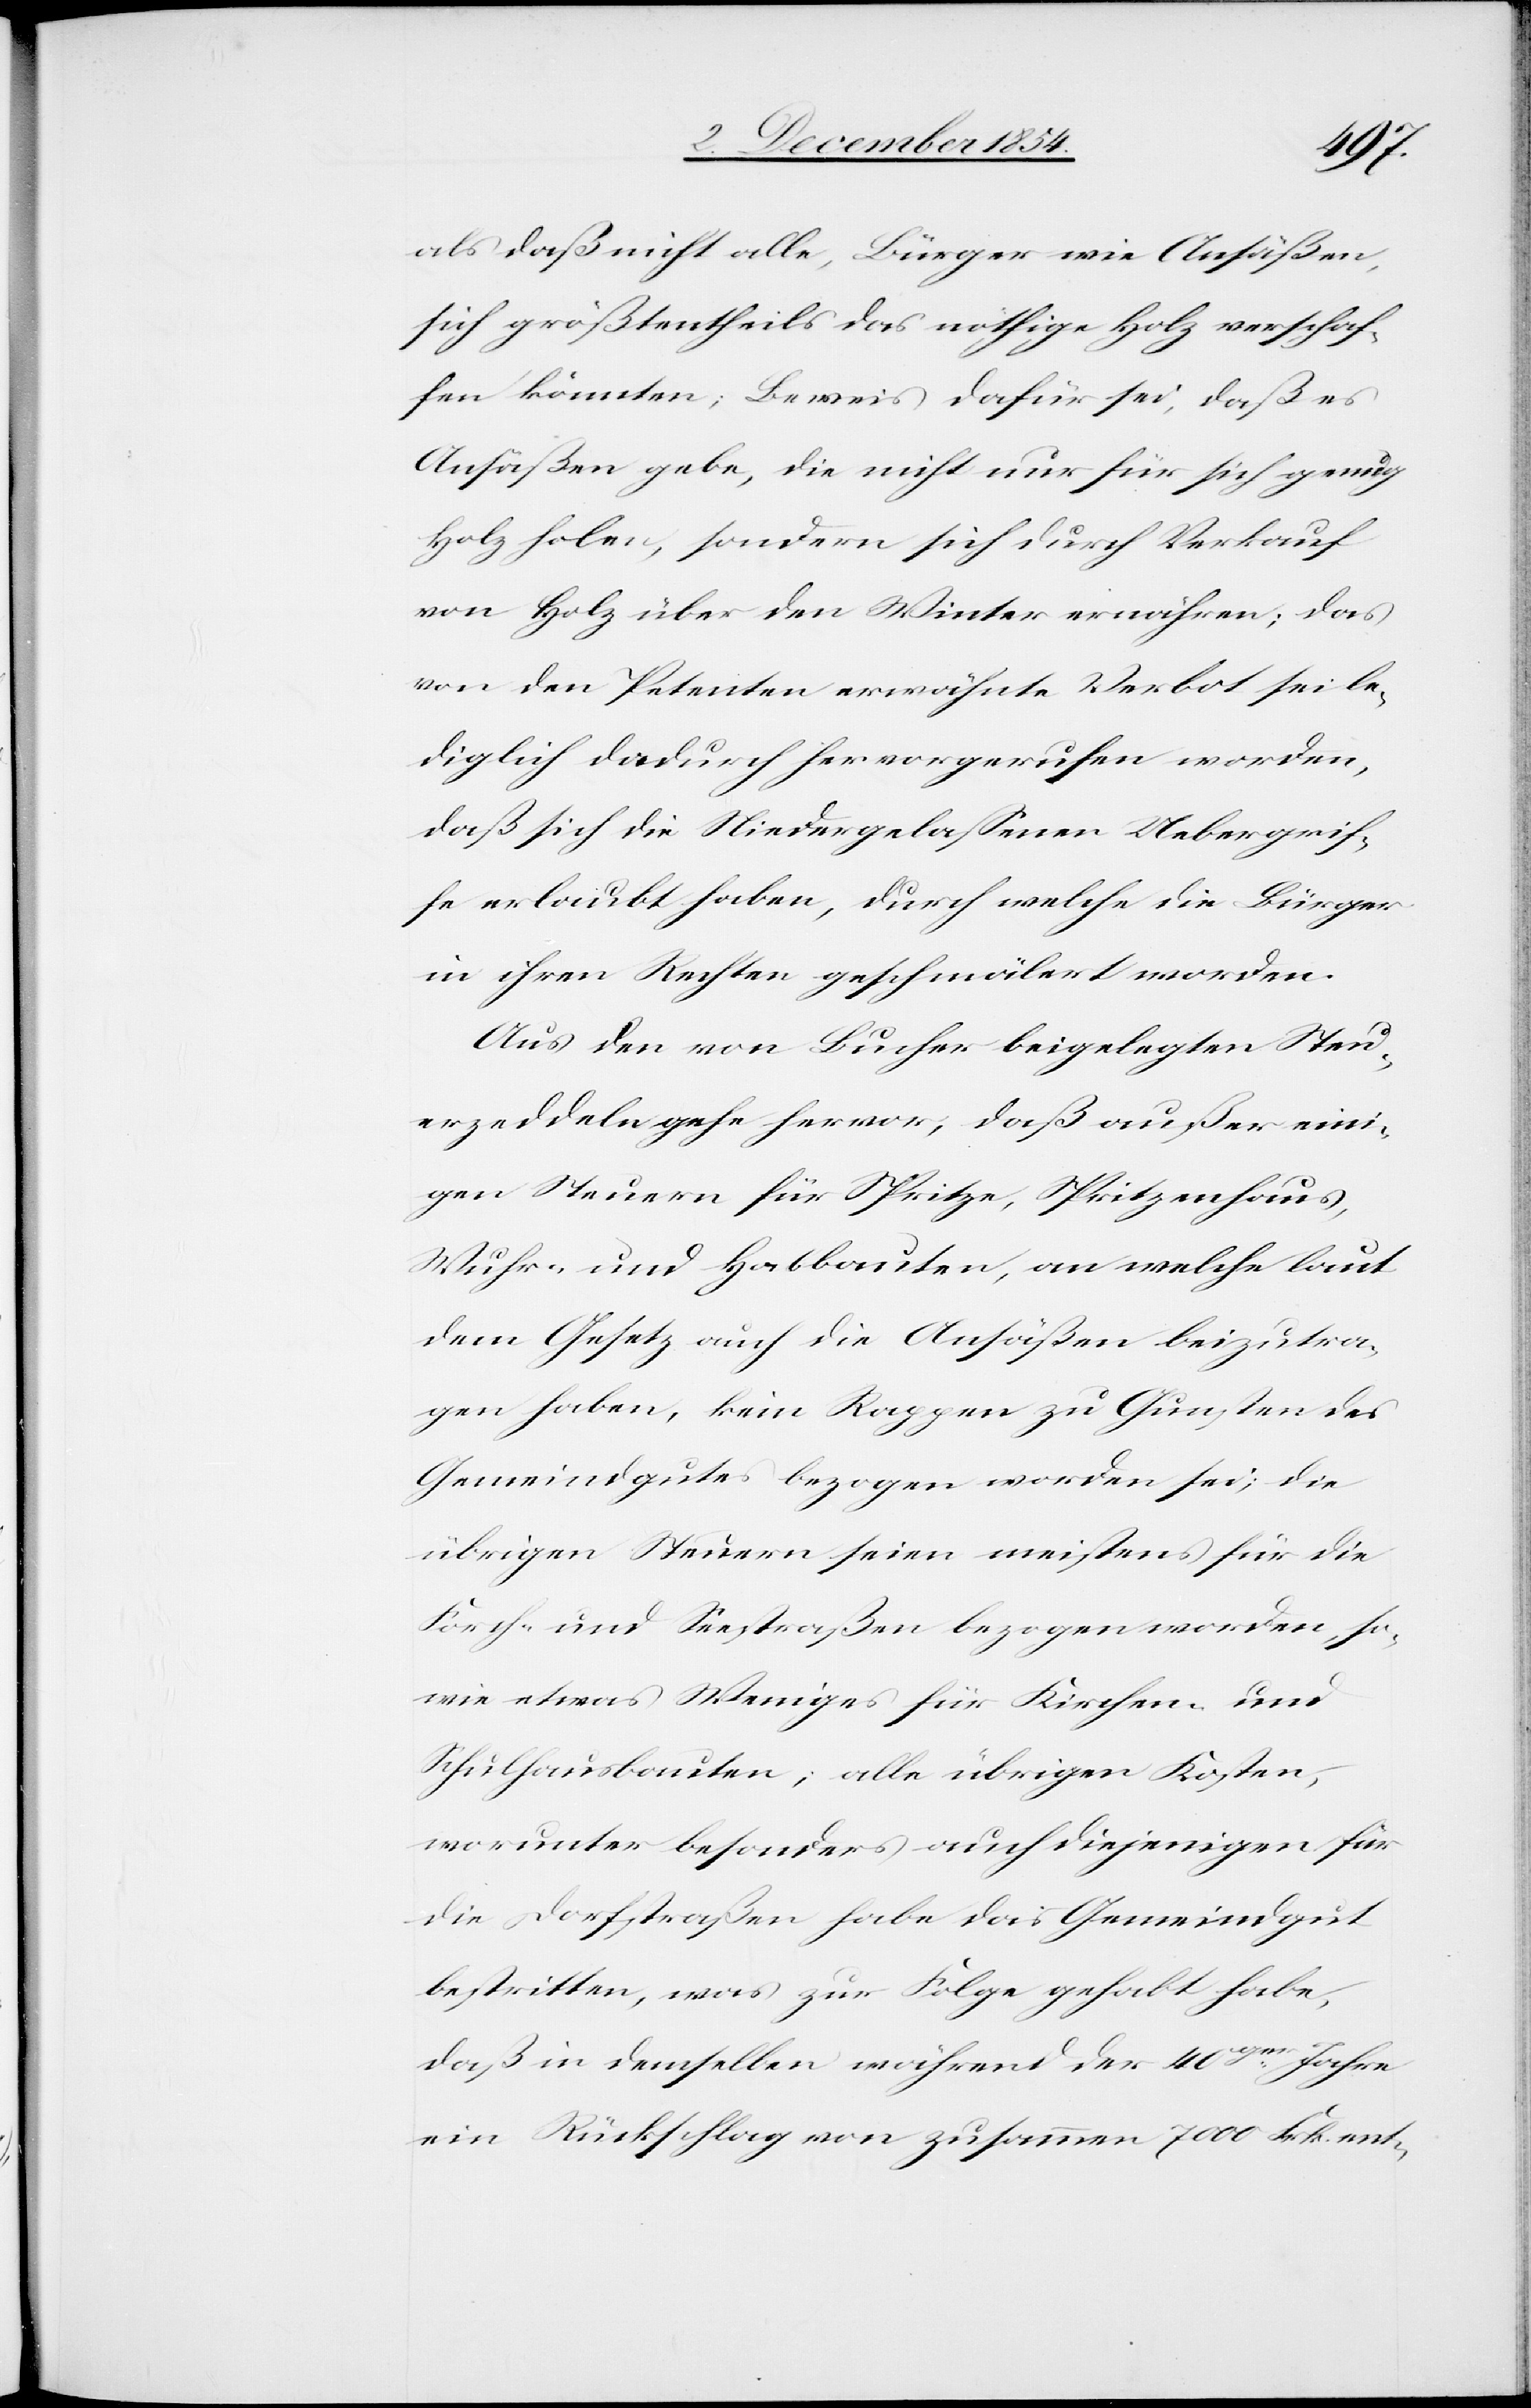
als daß nicht alle, Bürger wie Ansäßen,
sich größtentheils das nöthige Holz verschaf¬
fen könnten; Beweis dafür sei, daß es
Ansäßen gebe, die nicht nur für sich genug
Holz holen, sondern sich durch Verkauf
von Holz über den Winter ernähren; das
von den Petenten erwähnte Verbot sei le¬
diglich dadurch hervorgerufen worden,
daß sich die Niedergelaßenen Uebergrif¬
fe erlaubt haben, durch welche die Bürger
in ihren Rechten geschmälert worden.
Aus den von Bucher beigelegten Steu¬
erzeddeln gehe hervor, daß außer eini¬
gen Steuern für Spritze, Spritzenhaus,
Wuhr- und Habbauten, an welche laut
dem Gesetz auch die Ansäßen beizutra¬
gen haben, kein Rappen zu Gunsten des
Gemeindgutes bezogen worden sei; die
übrigen Steuern seien meistens für die
Forch- und Seestraßen bezogen worden, so¬
wie etwas Weniges für Kirchen- und
Schulhausbauten; alle übrigen Kosten,
worunter besonders auch diejenigen für
die Dorfstraßen habe das Gemeindgut
bestritten, was zur Folge gehabt habe,
daß in demselben währen der 40ger Jahre
ein Rückschlag von zusammen 7000 Frk. ent-